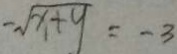
- \sqrt { x + y } = - 3